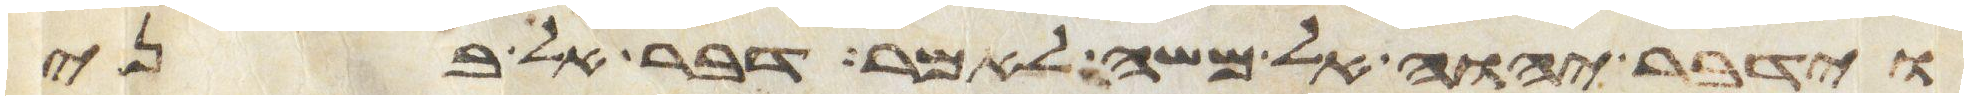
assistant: וידבר יהוה אל משה לאמר דבר אל בני